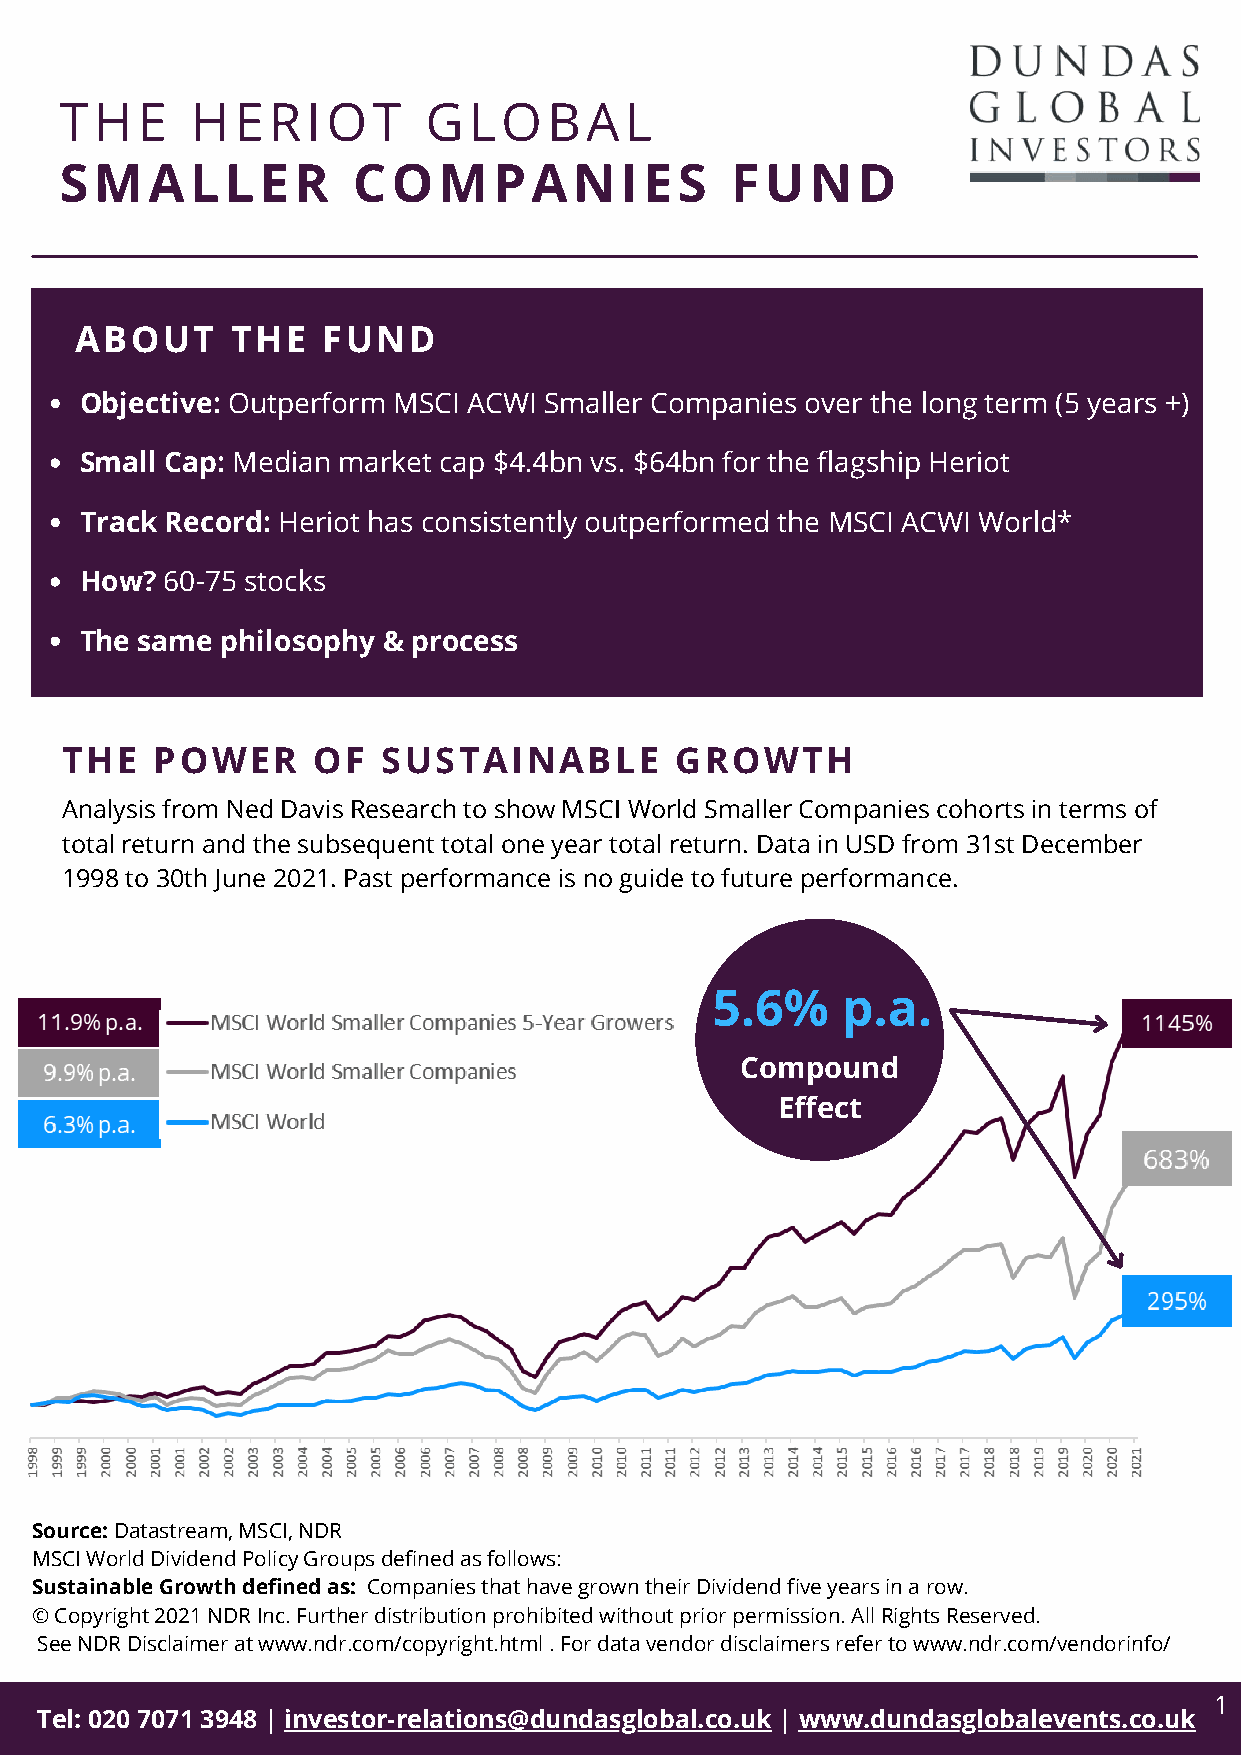
THE      HERIOT         GLOBAL
 SMALLER            COMPANIES                FUND
 ABOUT     THE   FUND
 Objective: Outperform MSCI ACWI Smaller Companies over the long term (5 years +)
 Small Cap: Median market cap $4.4bn vs. $64bn for the flagship Heriot
 Track Record: Heriot has consistently outperformed the MSCI ACWI World*
 How?  60-75 stocks
 The same  philosophy & process
 THE   POWER      OF  SUSTAINABLE         GROWTH
 Analysis from Ned Davis Research to show MSCI World Smaller Companies cohorts in terms of
 total return and the subsequent total one year total return. Data in USD from 31st December
 1998 to 30th June 2021. Past performance is no guide to future performance.
 5.6%     p.a.
 Compound
 Effect
 Source: Datastream, MSCI, NDR
 MSCI World Dividend Policy Groups defined as follows:
 Sustainable Growth defined as: Companies that have grown their Dividend five years in a row.
 © Copyright 2021 NDR Inc. Further distribution prohibited without prior permission. All Rights Reserved.
 See NDR Disclaimer at www.ndr.com/copyright.html . For data vendor disclaimers refer to www.ndr.com/vendorinfo/
 1
 Tel: 020 7071 3948 | investor-relations@dundasglobal.co.uk | www.dundasglobalevents.co.uk